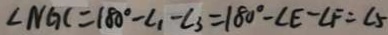
\angle N G C = 1 8 0 ^ { \circ } - \angle 1 - \angle 3 = 1 8 0 ^ { \circ } - \angle E - \angle F = \angle 5